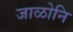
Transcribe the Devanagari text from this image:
जाळोनि